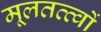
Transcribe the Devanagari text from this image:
मूलतत्त्वों